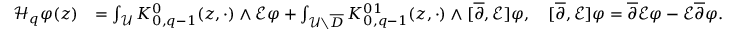
\begin{array} { r l } { \mathcal { H } _ { q } \varphi ( z ) } & { = \int _ { \mathcal { U } } K _ { 0 , q - 1 } ^ { 0 } ( z , \cdot ) \wedge \mathcal { E } \varphi + \int _ { \mathcal { U } \setminus \overline { D } } K _ { 0 , q - 1 } ^ { 0 1 } ( z , \cdot ) \wedge [ \overline { \partial } , \mathcal { E } ] \varphi , \quad [ \overline { \partial } , \mathcal { E } ] \varphi = \overline { \partial } \mathcal { E } \varphi - \mathcal { E } \overline { \partial } \varphi . } \end{array}